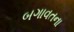
બગાવતના